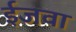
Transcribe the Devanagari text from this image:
ईजवा